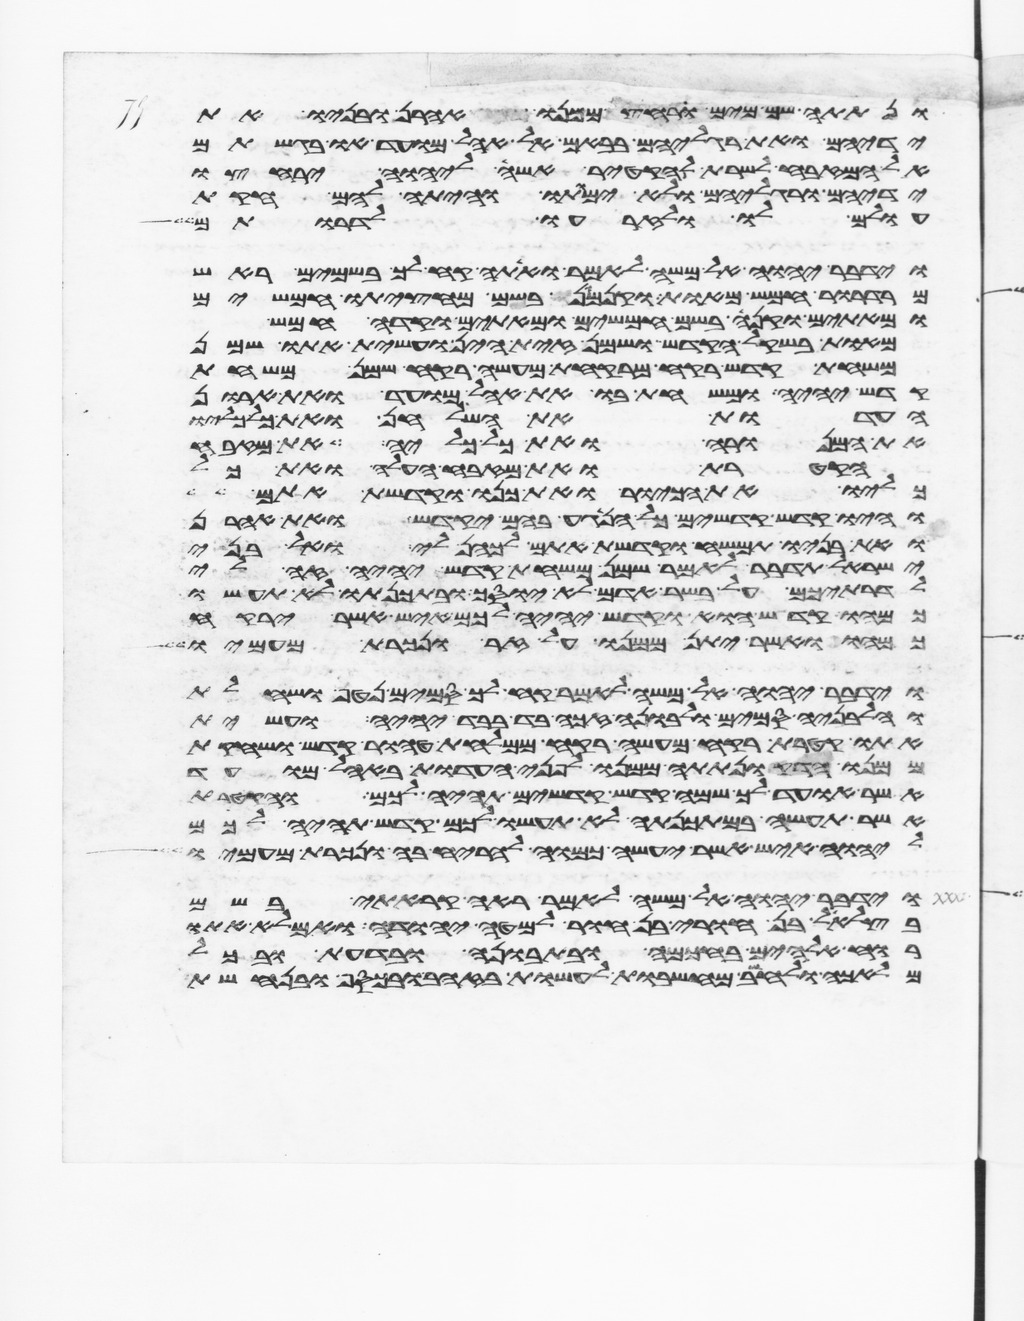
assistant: ונתתה שם מים ורחץ ממנו אהרן ובניו את
ידיהם ואת רגליהם בבאם אל אהל מועד ובקרבתם
אל המזבח לשרת להקטיר אשה ליהוה ירחצו
ידיהם ורגליהם ולא ימותו והיתה להם חקות
עולם לו ולזרעו לדרותם
וידבר יהוה אל משה לאמר ואתה קח לך בשמים ראש
מרדרור חמש מאות וקנמון בשם מחציתו חמשים
ומאתים וקנה בשם חמשים ומאתים וקדה חמש
מאות בשקל הקדש ושמן זית הין ועשית אתו שמן
משחת קדש רקח מרקחת מעשה רקח שמן משחת
קדש יהיה ומשחת בו את אהל מועד ואת ארון
העדות את השלחן ואת כל כליו
את המנורה ואת כל כליה את מזבח
הקטרת ואת מזבח העלה ואת כל
כליו את הכיור ואת כנו וקדשת אתם
והיו קדש קדשים כל הנגע בהם יקדש ואת אהרן
ואת בניו תמשח וקדשת אתם לכהן לי ואל בני
ישראל תדבר לאמר שמן משחת קדש יהיה זה לי
לדרתיכם על בשר אדם לא יוסך ובתכנתו לא תעשו
כמהו קדש הוא וקדש יהיה לכם איש אשר ירקח
כמהו ואשר יתן ממנו על זר ונכרת מעמיו
וידבר יהוה אל משה לאמר קח לך סמים נטף ושחלת
וחלבניה סמים ולבונה זכה בד בבד יהיה ועשית
אתו קטרת רקח מעשה רקח ממלחת טהור קדש ושחקת
ממנו הדק ונתתה ממנו לפני העדות באהל מועד
אשר אועד לך שמה קדש קדשים תהיה לכם והקטרת
אשר תעשה במתכנתה לא תעשו לכם קדש תהיה לכם
ליהוה איש אשר יעשה כמוה להריח בה ונכרת מעמיו
וידבר יהוה אל משה לאמר ראה קראתי בשם
בצלאל בן חורי בן חור למטה יהודה ואמלא אתו
רוח אלהים בחכמה ובתבונה ובדעת ובכל
מלאכה ולחשב מחשבות לעשות בזהב ובכסף ובנחשת